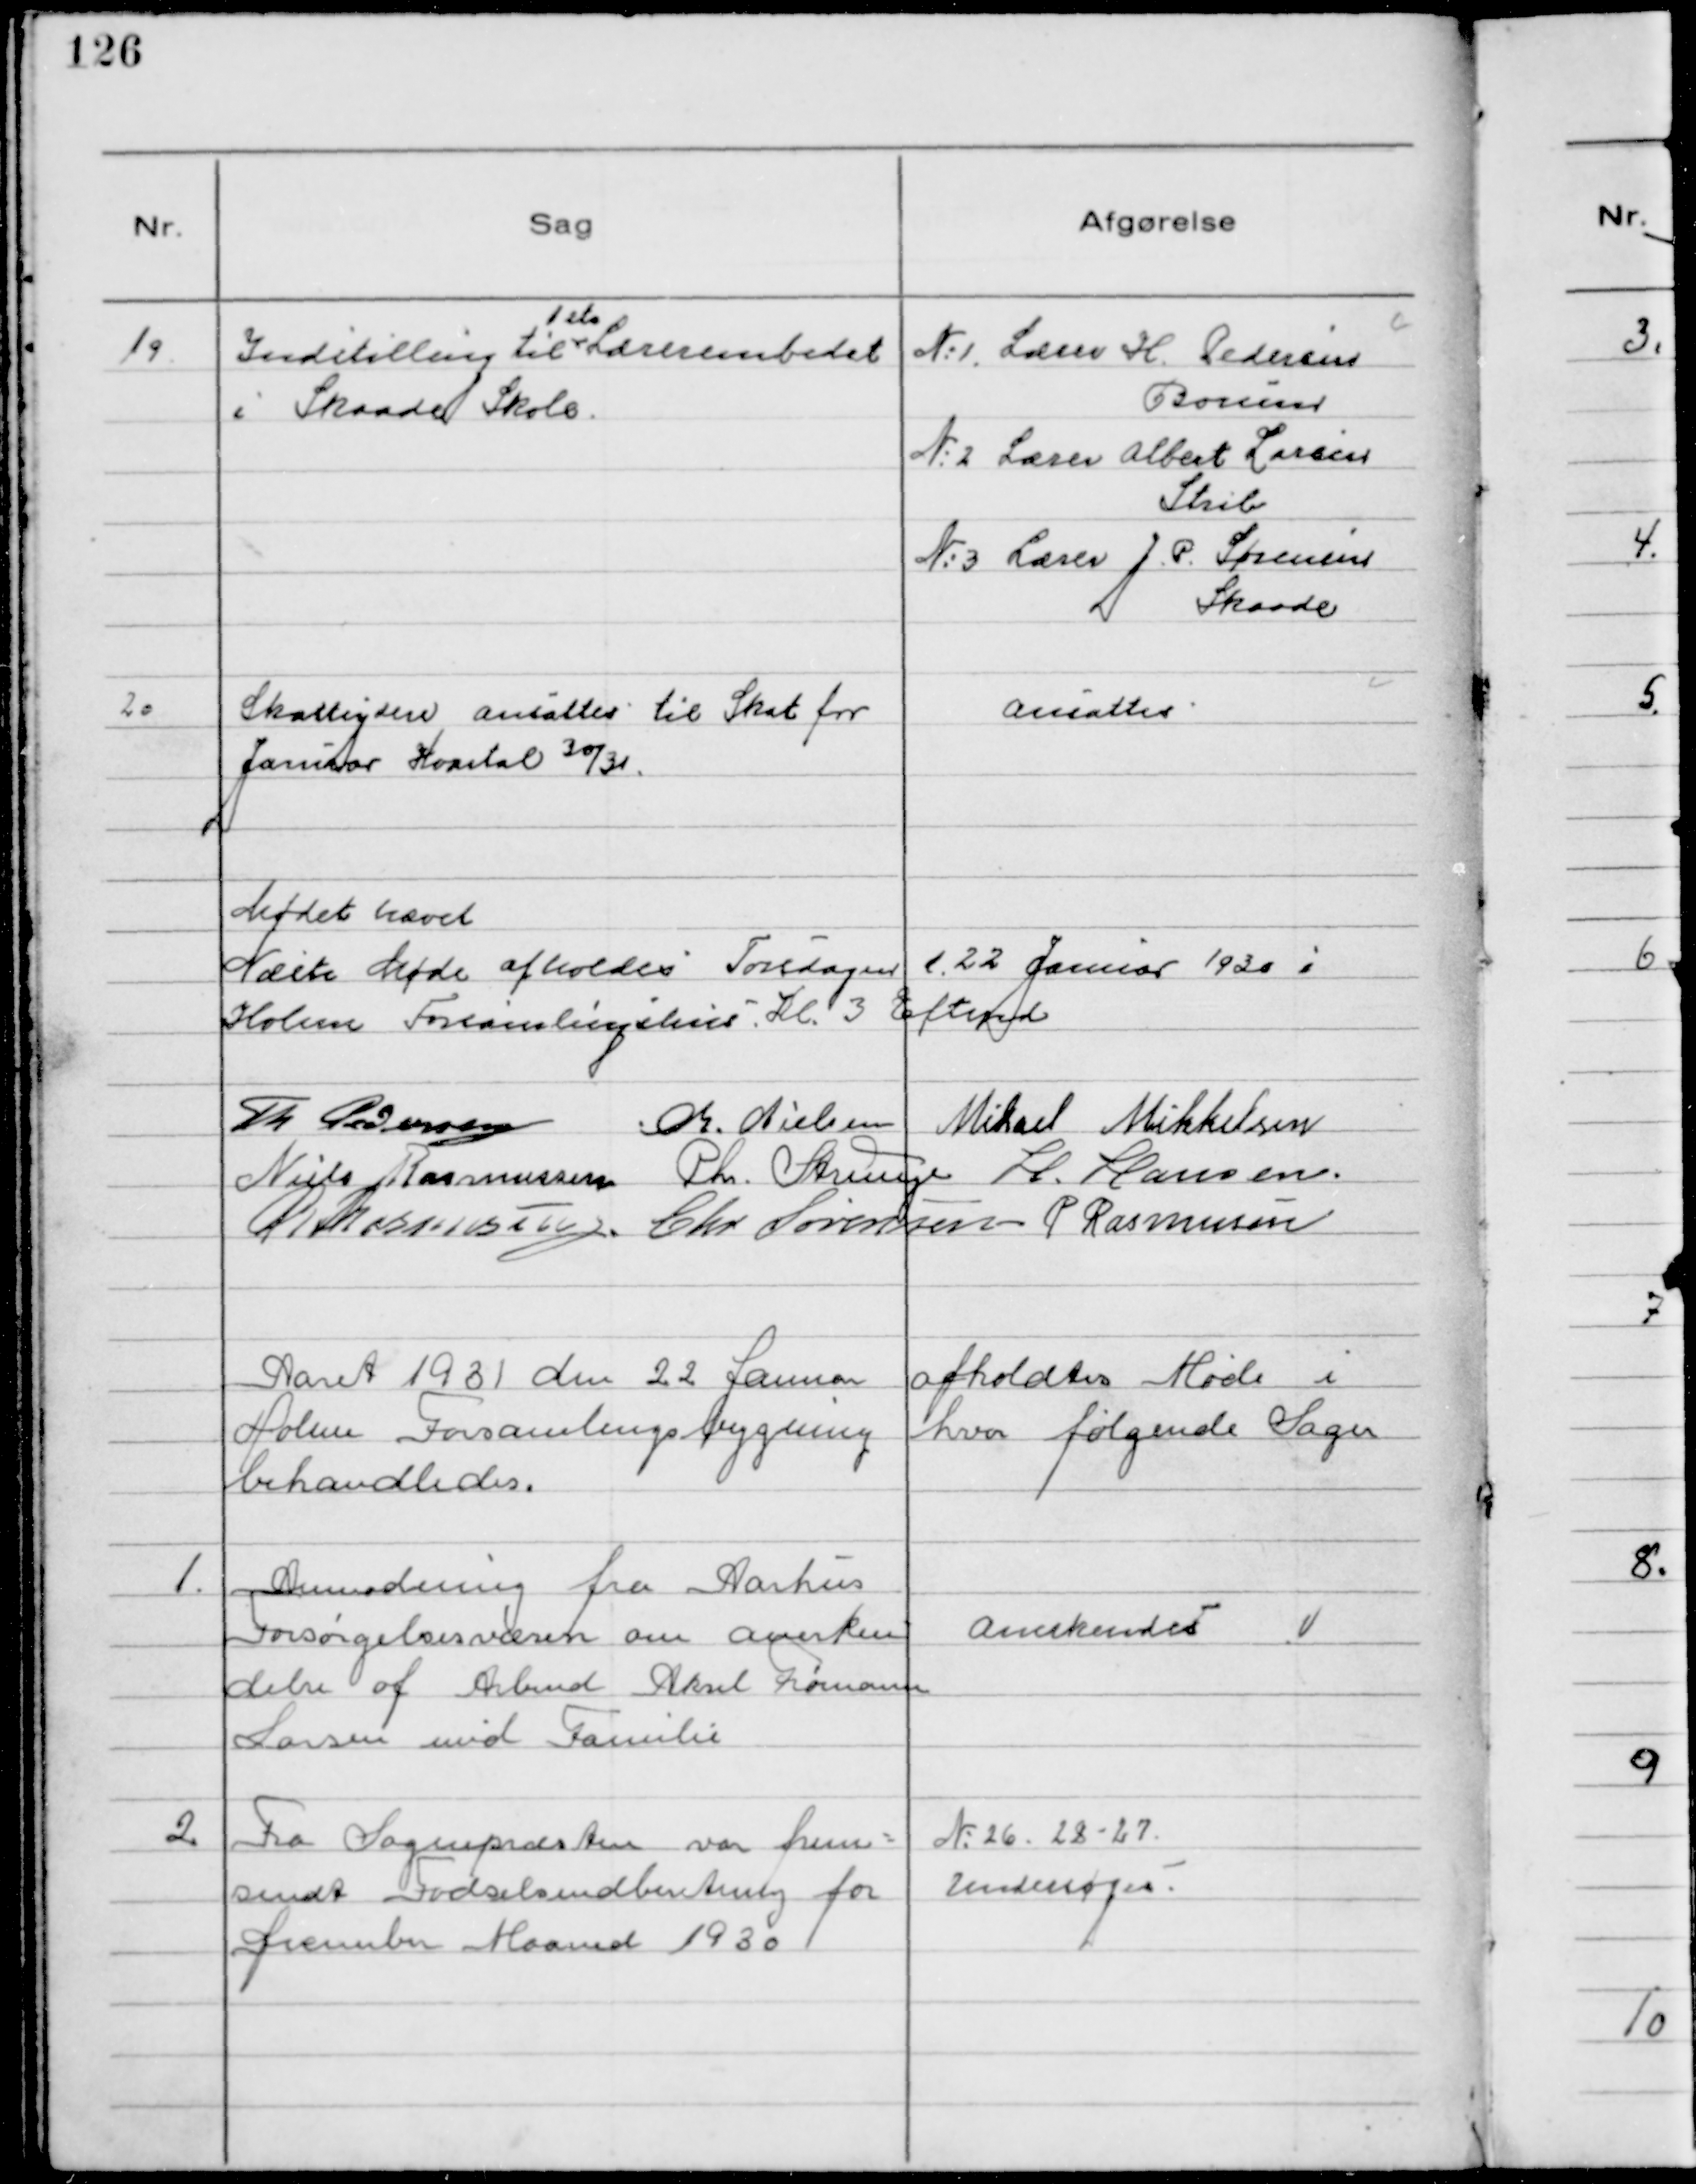
Transskription:
19.
Indstilling til
1ste
Lærerembedet
i Skaade Skole.

№1 Lærer H Pedersen
Borum
№2 Lærer Albert Larsen
Strib
№3 Lærer J. P. Sørensen
Skaade

20
Skatteydere ansattes til Skat for
Januar Kvartal 30/31.

Ansattes

Mødet hævet
Næste Møde afholdes Torsdagen d. 22 Januar 1930 i
Holme Forsamlingshus. Kl 3. Eftemd
Th Pedersen
Chr. Nielsen Mikael Mikkelsen
Niels Rasmussen Chr. Strunge H. Hansen
R. Rasmussen. Chr Sørensen P Rasmussen

Aaret 1931 den 22 Januar afholdtes Møde i
Holme Forsamlingsbygning hvor følgende Sager
behandledes.

1.
Anmodning fra Aarhus
Forsørgelsesvæsen om anerken
delse af Arbmd Aksel Frømann
Larsen med Familie

Anerkendes

2
Fra Sognepræsten var frem-
sendt Fødselsindberetning for
December Maaned 1930

№26. 28 - 27.
Undersøges.